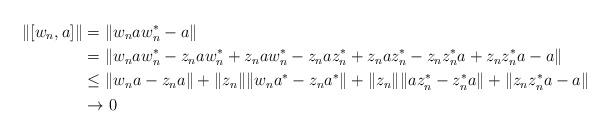
LaTeX: \begin{align*}\| [w_n ,a] \| & = \| w_naw_n^* -a \| \\& = \| w_naw_n^* -z_na w_n^* + z_na w_n^*-z_naz_n^* + z_naz_n^* - z_nz_n^*a + z_nz_n^*a -a \| \\& \leq \| w_na -z_na \| + \| z_n \| \| w_na^*-z_na^* \| + \| z_n\| \|az_n^* - z_n^*a \| + \| z_nz_n^*a -a \| \\& \to 0\end{align*}